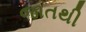
જાતથી